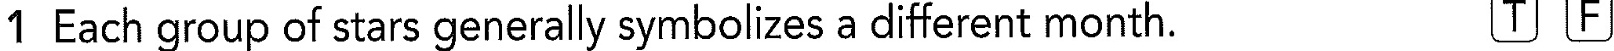
1 Each group of stars generally symbolizes a different month. T F